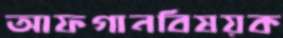
আফগানবিষয়ক